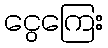
ငွေကြေး